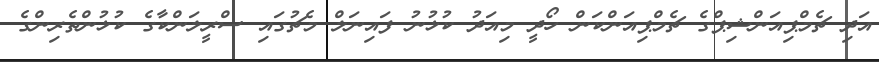
އަދި ޗެމްޕިއަންޝިޕްގެ ޗެމްޕިއަންކަން ހޯދީ މިއަދު ކުޅުނު ފައިނަލް މެޗުގައި ސްރީލަންކާގެ ކުޅުންތެރިންގެ